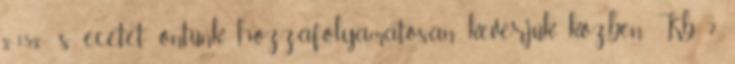
%-15%- s ecetet őntünk hozzáfolyamatosan keverjük közben. Kb. 2